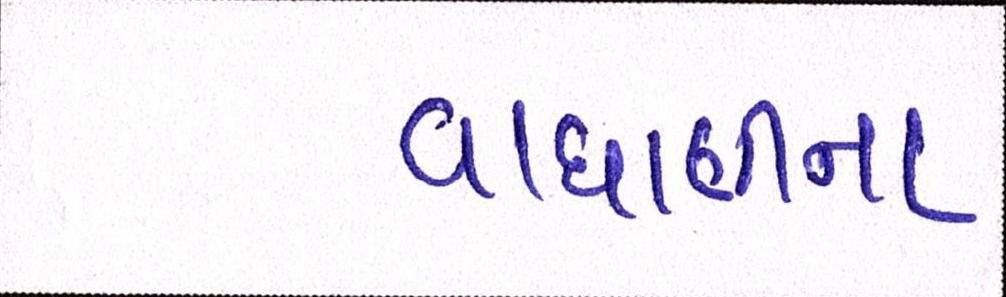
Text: વાઘાણીના